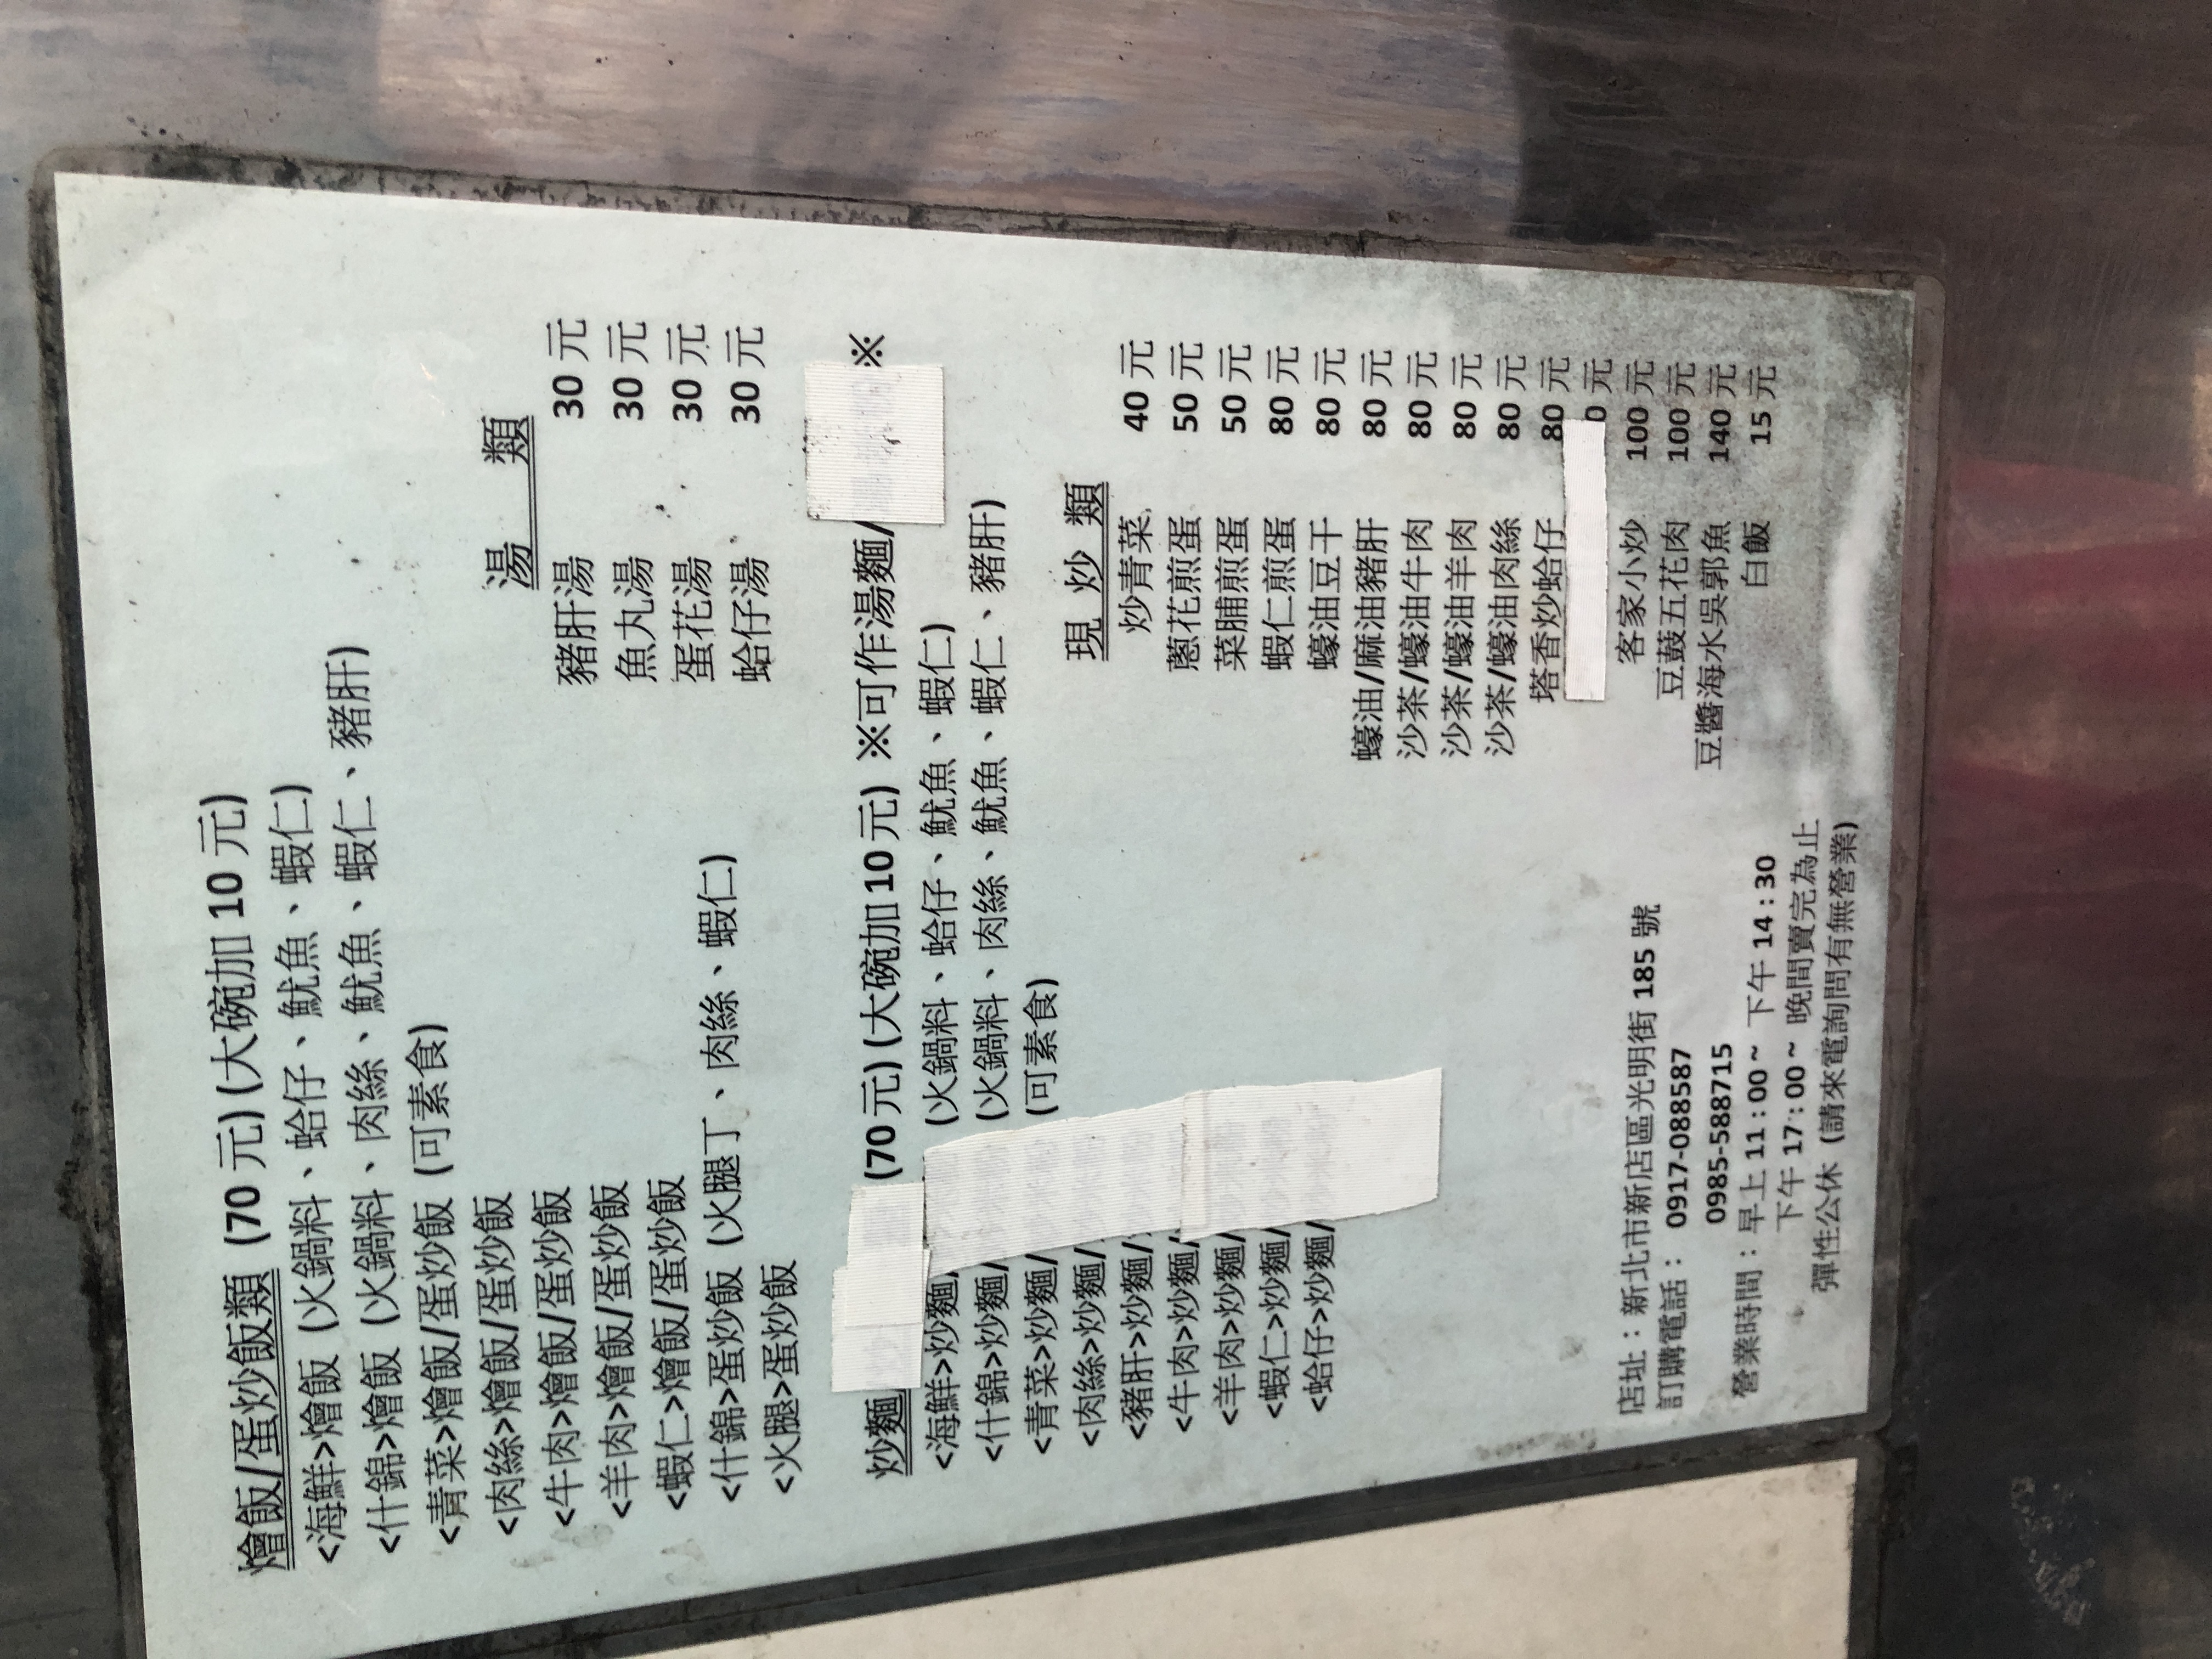
地址：新北市新店區光明街185號
電話：0917-088587, 0985-588715
營業時間：11:00 AM - 2:30 PM, evening until sold out. Flexible holidays (call to inquire)
菜單：
name: 豬肝湯
price: 30
name: 魚丸湯
price: 30
name: 蛋花湯
price: 30
name: 蛤仔湯
price: 30
name: 海鮮燴飯
price: 70
name: 海鮮蛋炒飯
price: 70
name: 什錦燴飯 (火鍋料、蛤仔、魷魚、蝦仁、豬肝)
price: 70
name: 什錦蛋炒飯 (火鍋料、蛤仔、魷魚、蝦仁、豬肝)
price: 70
name: 青菜燴飯
price: 70
name: 青菜蛋炒飯
price: 70
name: 肉絲燴飯
price: 70
name: 肉絲蛋炒飯
price: 70
name: 牛肉燴飯
price: 70
name: 牛肉蛋炒飯
price: 70
name: 羊肉燴飯
price: 70
name: 羊肉蛋炒飯
price: 70
name: 蝦仁燴飯
price: 70
name: 蝦仁蛋炒飯
price: 70
name: 什錦燴飯 (火腿丁、肉絲、蝦仁)
price: 70
name: 什錦蛋炒飯 (火腿丁、肉絲、蝦仁)
price: 70
name: 火腿燴飯
price: 70
name: 火腿蛋炒飯
price: 70
name: 海鮮炒麵
price: 70
name: 什錦炒麵
price: 70
name: 青菜炒麵
price: 70
name: 肉絲炒麵
price: 70
name: 豬肝炒麵
price: 70
name: 牛肉炒麵
price: 70
name: 羊肉炒麵
price: 70
name: 蝦仁炒麵
price: 70
name: 蛤仔炒麵
price: 70
name: 炒青菜
price: 40
name: 蔥花煎蛋
price: 50
name: 菜脯煎蛋
price: 50
name: 蝦仁煎蛋
price: 80
name: 蠔油豆腐
price: 80
name: 沙茶/蠔油豬肝
price: 80
name: 沙茶/蠔油牛肉
price: 80
name: 沙茶/蠔油羊肉
price: 80
name: 沙茶/蠔油肉絲
price: 80
name: 塔香炒蛤仔
price: 80
name: 客家小炒
price: 100
name: 豆鼓五花肉
price: 100
name: 豆醬海冰吳郭魚
price: 140
name: 白飯
price: 15